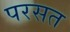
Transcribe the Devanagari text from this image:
परसत